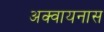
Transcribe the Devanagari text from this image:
अक्वायनास